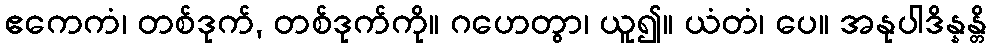
ဧကေကံ၊ တစ်ဒုက်, တစ်ဒုက်ကို။ ဂဟေတွာ၊ ယူ၍။ ယံတံ၊ ပေ။ အနုပါဒိန္နန္တိ